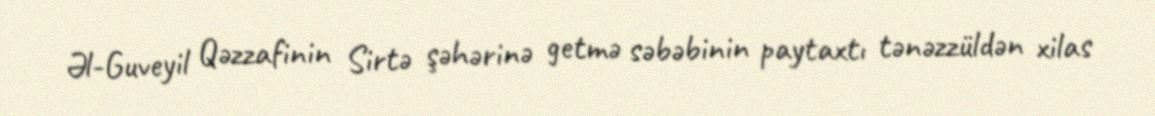
Əl-Guveyil Qəzzafinin Sirtə şəhərinə getmə səbəbinin paytaxtı tənəzzüldən xilas